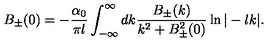
B _ { \pm } ( 0 ) = - \frac { \alpha _ { 0 } } { \pi l } \int _ { - \infty } ^ { \infty } d k \frac { B _ { \pm } ( k ) } { k ^ { 2 } + B _ { \pm } ^ { 2 } ( 0 ) } \ln | - l k | .